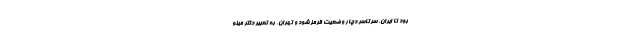
بود تا ایران، سرتاسر دچار وضعیت قرمز شود و تهران، به تعبیر دکتر مینو